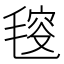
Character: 𣮬